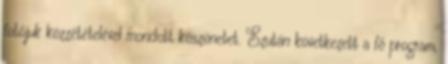
fotójuk közzétételével mondott köszönetet. Ezután következett a fő program,